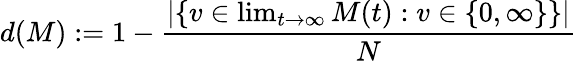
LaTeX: d(M):=1-\frac{|\{ v\in\operatorname*{lim}_{t\rightarrow\infty}M(t):v\in\{ 0,\infty\} \} |}{N}